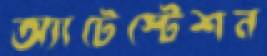
অ্যাটেস্টেশন